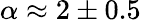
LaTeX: \alpha\approx 2\pm 0.5